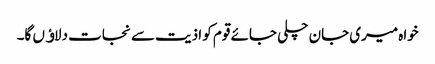
خواہ میری جان چلی جائے قوم کو اذیت سے نجات دلاﺅں گا۔